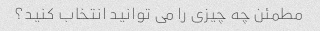
مطمئن چه چیزی را می توانید انتخاب کنید؟